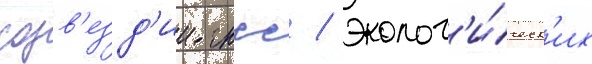
созв'езд'ии гнсс / эколог'и́ческ'их